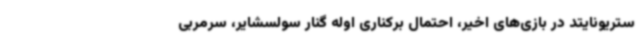
ستریونایتد در بازی‌های اخیر، احتمال برکناری اوله گنار سولسشایر، سرمربی